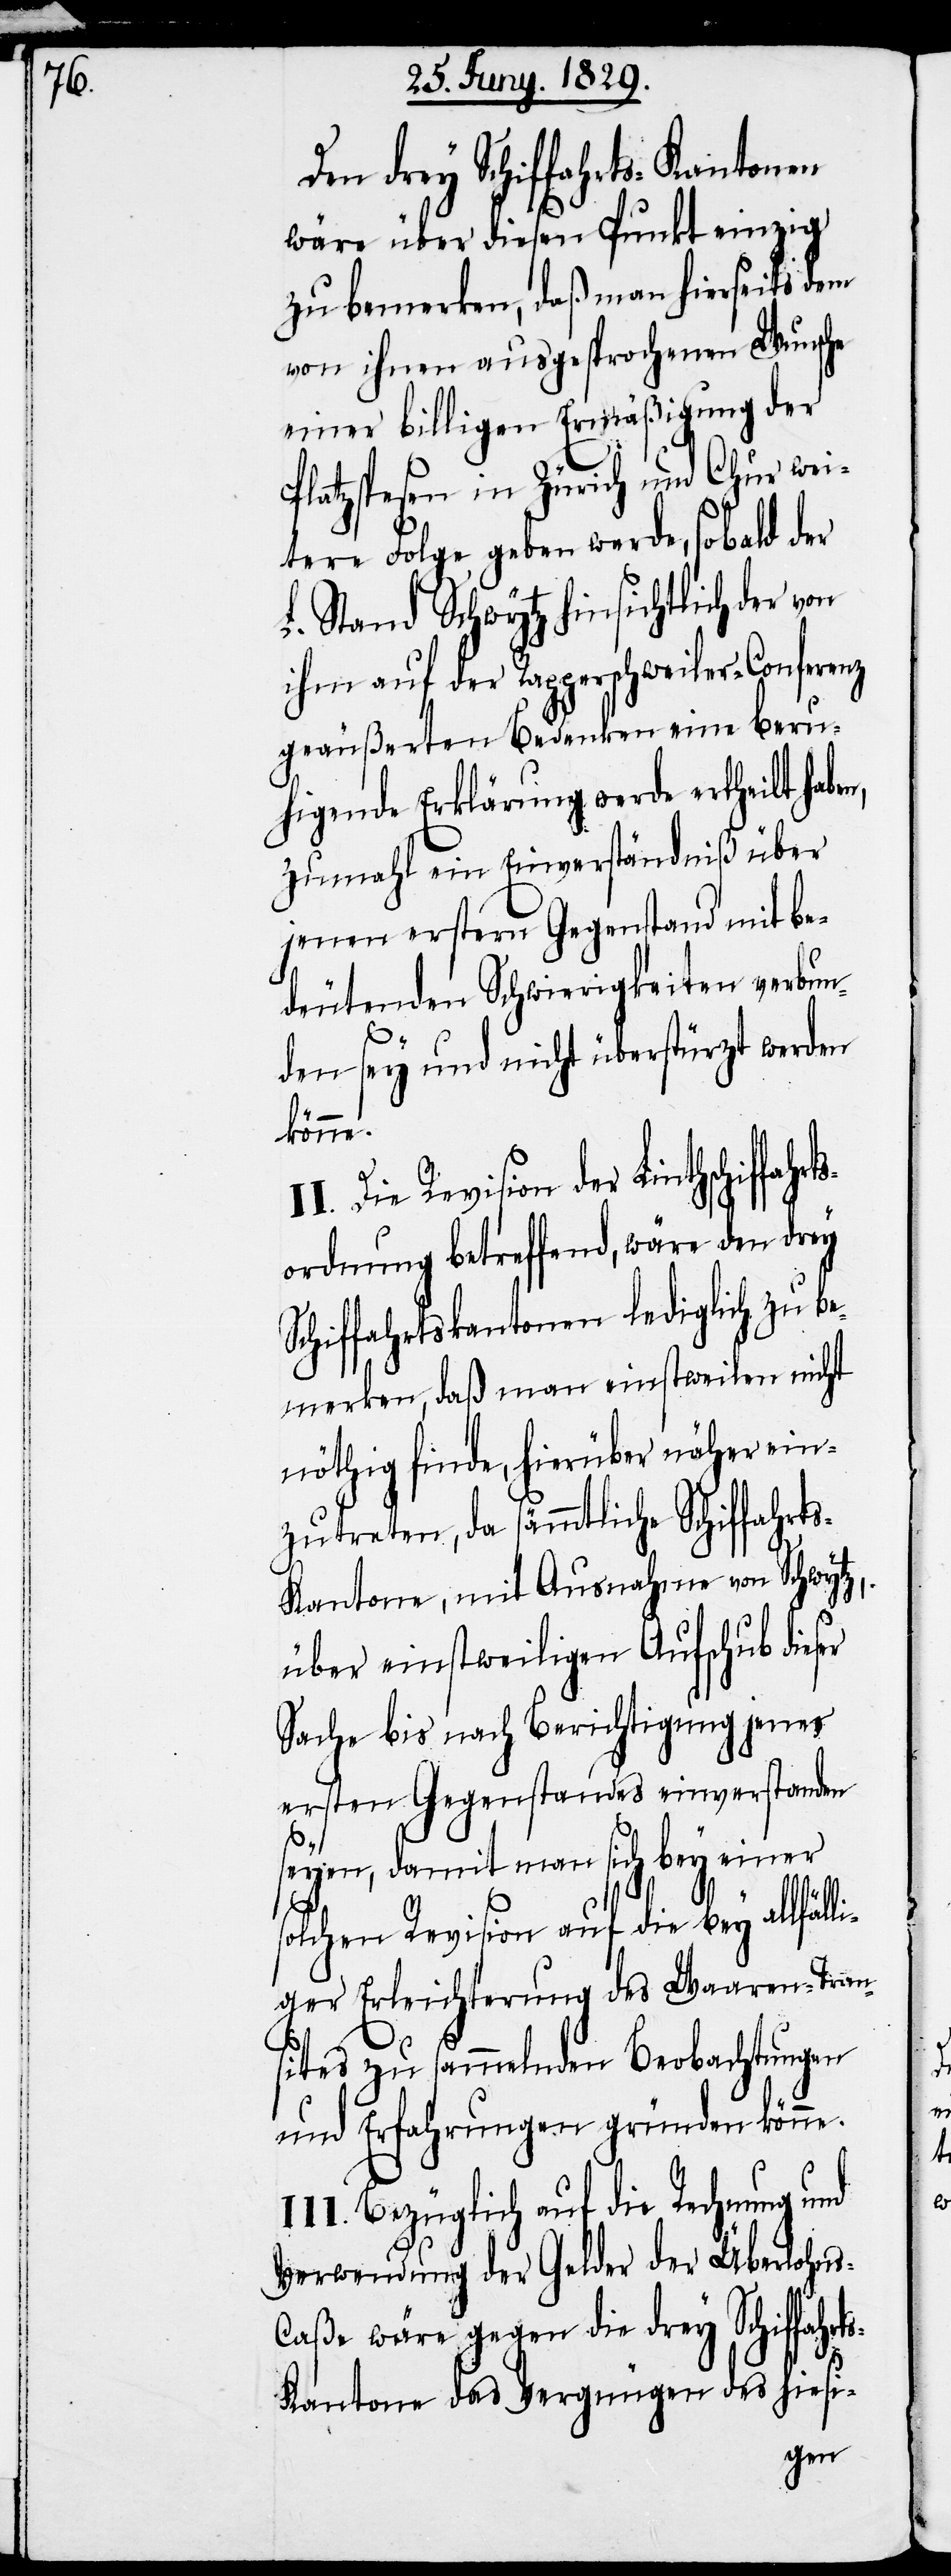
Den drey Schiffahrts-Kantonen
wäre über diesen Punkt einzig
zu bemerken, daß man hierseits dem
von ihnen ausgesprochenen Wunsche
einer billigen Ermäßigung der
Platzspesen in Zürich und Chur wei¬
tere Folge geben werde, sobald der
L. Stand Schwytz hinsichtlich der von
ihm auf der Rapperschweiler-Conferenz
geäußerten Bedenken eine beru¬
higende Erklärung werde ertheilt hab¬
zumahl ein Einverständniß über
jenen erstern Gegenstand mit be¬
deutenden Schwierigkeiten verbun¬
den sey und nicht überstürzt werden
könne.
der Linthschiffahrts¬
ordnung betreffend, wäre den drey
Schiffahrtskantonen lediglich zu be¬
merken, daß man einstweilen nicht
nöthig finde, hierüber näher ein¬
zutreten, da sämmtliche Schiffahrt¬
s-Kantone, mit Ausnahme von Schwytz,
über einstweiligen Aufschub dieser
Sache bis nach Berichtigung jenes
ersten Gegenstandes einverstanden
seyen, damit man sich bey einer
solchen Revision auf die bey allfäl¬
liger Erleichterung des Waaren-Tran¬
sites zu sammelnden Beobachtungen
und Erfahrungen gründen könne.
Bezüglich auf die Rechnung und
Verwendung der Gelder der Überlohn¬
s-Caße wäre gegen die drey Schiffahrt¬
s-Kantone das Vergnügen des hiesi-
en,